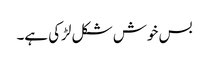
بس خوش شکل لڑکی ہے۔